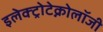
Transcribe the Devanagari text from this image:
इलेक्ट्रोटेक्नोलॉजी